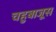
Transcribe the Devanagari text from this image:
चहुबाजूस